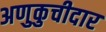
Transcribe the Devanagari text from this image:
अणुकुचीदार